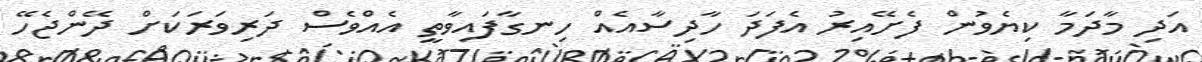
އަދި މާދަމާ ކިޔެވުން ފެށޭއިރު އެފަދަ ހާދިސާއެއް ހިނގާފައިވާތީ އެއްވެސް ދަރިވަރަކަށް ދޭންޖެހޭ